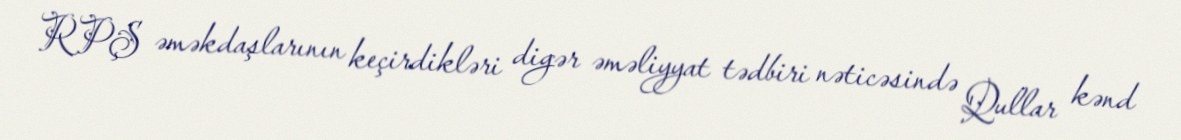
RPŞ əməkdaşlarının keçirdikləri digər əməliyyat tədbiri nəticəsində Qullar kənd